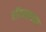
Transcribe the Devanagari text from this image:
रॉयल्सच्या